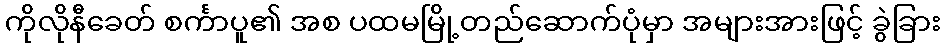
ကိုလိုနီခေတ် စင်္ကာပူ၏ အစ ပထမမြို့တည်ဆောက်ပုံမှာ အများအားဖြင့် ခွဲခြား